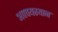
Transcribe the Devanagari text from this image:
अपचयस्थान